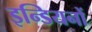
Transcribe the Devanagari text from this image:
इन्डियनों